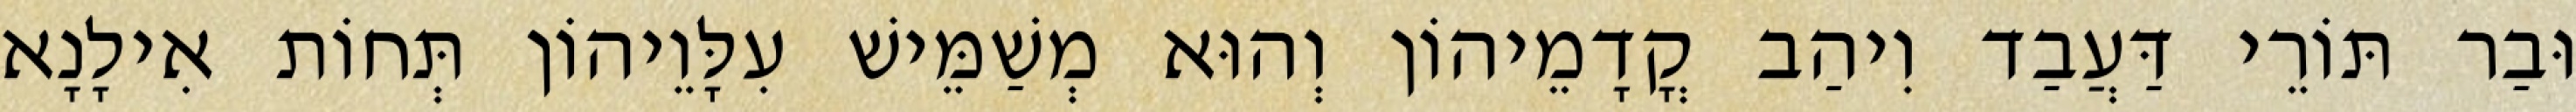
וּבַר תּוֹרֵי דַּעֲבַד וִיהַב קֳדָמֵיהוֹן וְהוּא מְשַׁמֵּישׁ עִלָּוֵיהוֹן תְּחוֹת אִילָנָא